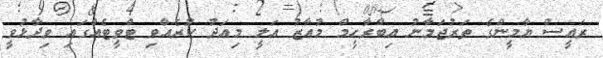
ރައީސް ޔާމީންގެ ތަރުޖަމާނު އިބްރާހީމް މުއާޒު އަލީ މިއަދު ކުރެއްވި ޓްވީޓެއްގައި ވިދާޅުވީ